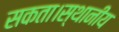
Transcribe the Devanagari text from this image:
सकता।स्थानीय